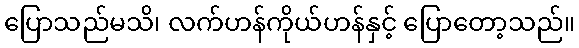
ပြောသည်မသိ၊ လက်ဟန်ကိုယ်ဟန်နှင့် ပြောတော့သည်။